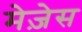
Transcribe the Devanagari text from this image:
मेज़ेस